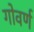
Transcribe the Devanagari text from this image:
गोवर्ण